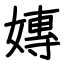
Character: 嫥